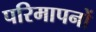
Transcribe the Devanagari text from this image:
परिमापनों